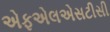
એફએલએસટીસી